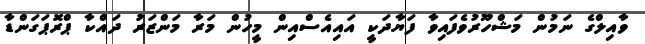
ވާއިލްގެ ނަމުން މަޝްހޫރުވެފައިވާ ފަޔާދަކީ އައިއެސްއިން މީހުން މަރާ މަންޒަރު ދައްކާ ޕްރޮޕަގަންޑާ